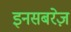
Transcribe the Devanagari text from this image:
इनसबरेज़